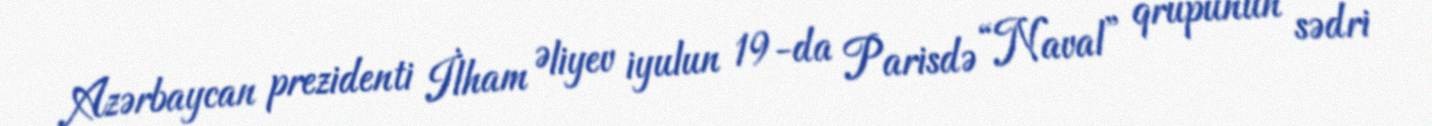
Azərbaycan prezidenti İlham Əliyev iyulun 19-da Parisdə “Naval” qrupunun sədri